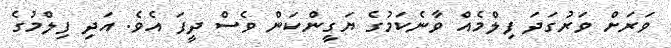
ވަރަށް ވަރުގަދަ ފިލްމެއް ވާނެކަމުގެ ޔަގީންކަން ވެސް ދީފަ އެވެ. އަދި ފިލްމުގެ